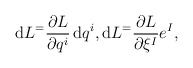
\begin{gather*} \mathrm{d} L ^ = \frac{ \partial L }{ \partial q ^i } \,\mathrm{d}q ^i , \mathrm{d} L ^= \frac{ \partial L }{ \partial \xi ^I } e ^I , \end{gather*}